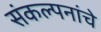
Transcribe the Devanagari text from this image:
संंकल्पनांंचे